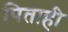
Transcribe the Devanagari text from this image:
पिताही